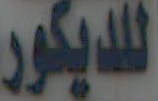
للديكور